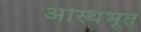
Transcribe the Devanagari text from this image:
अस्थिभूत